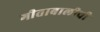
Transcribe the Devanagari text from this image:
गीताबालीची